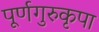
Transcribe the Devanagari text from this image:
पूर्णगुरुकृपा